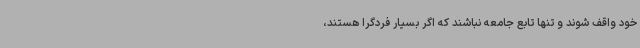
خود واقف شوند و تنها تابع جامعه نباشند که اگر بسیار فردگرا هستند،